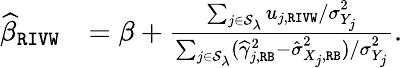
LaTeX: \begin{array}{rl}{\widehat{\beta}_{\mathtt{RIVW}}}&{=\beta+\frac{\sum_{j\in\mathcal{S}_{\lambda}}u_{j,\mathtt{RIVW}}/\sigma_{Y_{j}}^{2}}{\sum_{j\in\mathcal{S}_{\lambda}}(\widehat\gamma_{j,\mathtt{RB}}^{2}-\hat{\sigma}_{X_{j},\mathtt{RB}}^{2})/\sigma_{Y_{j}}^{2}}.}\end{array}